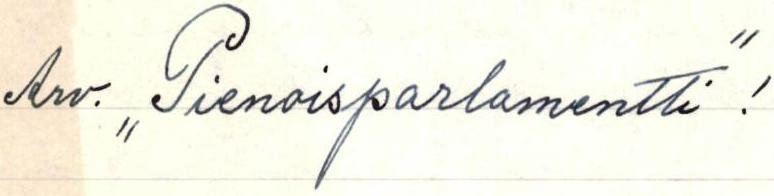
Arv. ,,Pienoisparlamentti"!